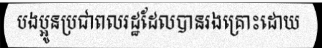
បងប្អូនប្រជាពលរដ្ឋដែលបានរងគ្រោះដោយ